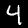
Label: 4